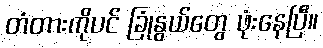
တံတားကိုပင် ခြုံနွယ်တွေ ဖုံးနေပြီ။